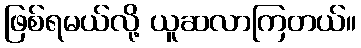
ဖြစ်ရမယ်လို့ ယူဆလာကြတယ်။